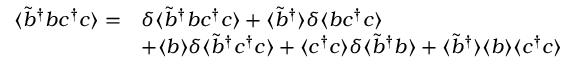
\begin{array} { r l } { \langle \tilde { b } ^ { \dagger } b c ^ { \dagger } c \rangle = } & { \delta \langle \tilde { b } ^ { \dagger } b c ^ { \dagger } c \rangle + \langle \tilde { b } ^ { \dagger } \rangle \delta \langle b c ^ { \dagger } c \rangle } \\ & { + \langle b \rangle \delta \langle \tilde { b } ^ { \dagger } c ^ { \dagger } c \rangle + \langle c ^ { \dagger } c \rangle \delta \langle \tilde { b } ^ { \dagger } b \rangle + \langle \tilde { b } ^ { \dagger } \rangle \langle b \rangle \langle c ^ { \dagger } c \rangle } \end{array}